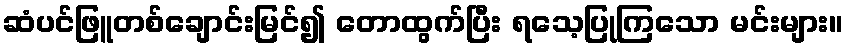
ဆံပင်ဖြူတစ်ချောင်းမြင်၍ တောထွက်ပြီး ရသေ့ပြုကြသော မင်းများ။